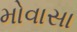
મોવાસા